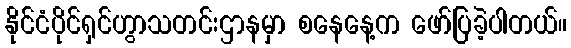
နိုင်ငံပိုင်ရှင်ဟွာသတင်းဌာနမှာ စနေနေ့က ဖော်ပြခဲ့ပါတယ်။